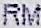
RM